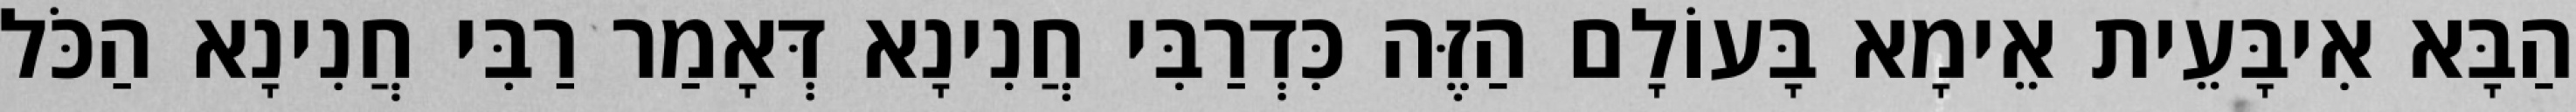
הַבָּא אִיבָּעֵית אֵימָא בָּעוֹלָם הַזֶּה כִּדְרַבִּי חֲנִינָא דְּאָמַר רַבִּי חֲנִינָא הַכֹּל